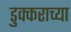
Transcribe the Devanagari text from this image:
डुक्कराच्या